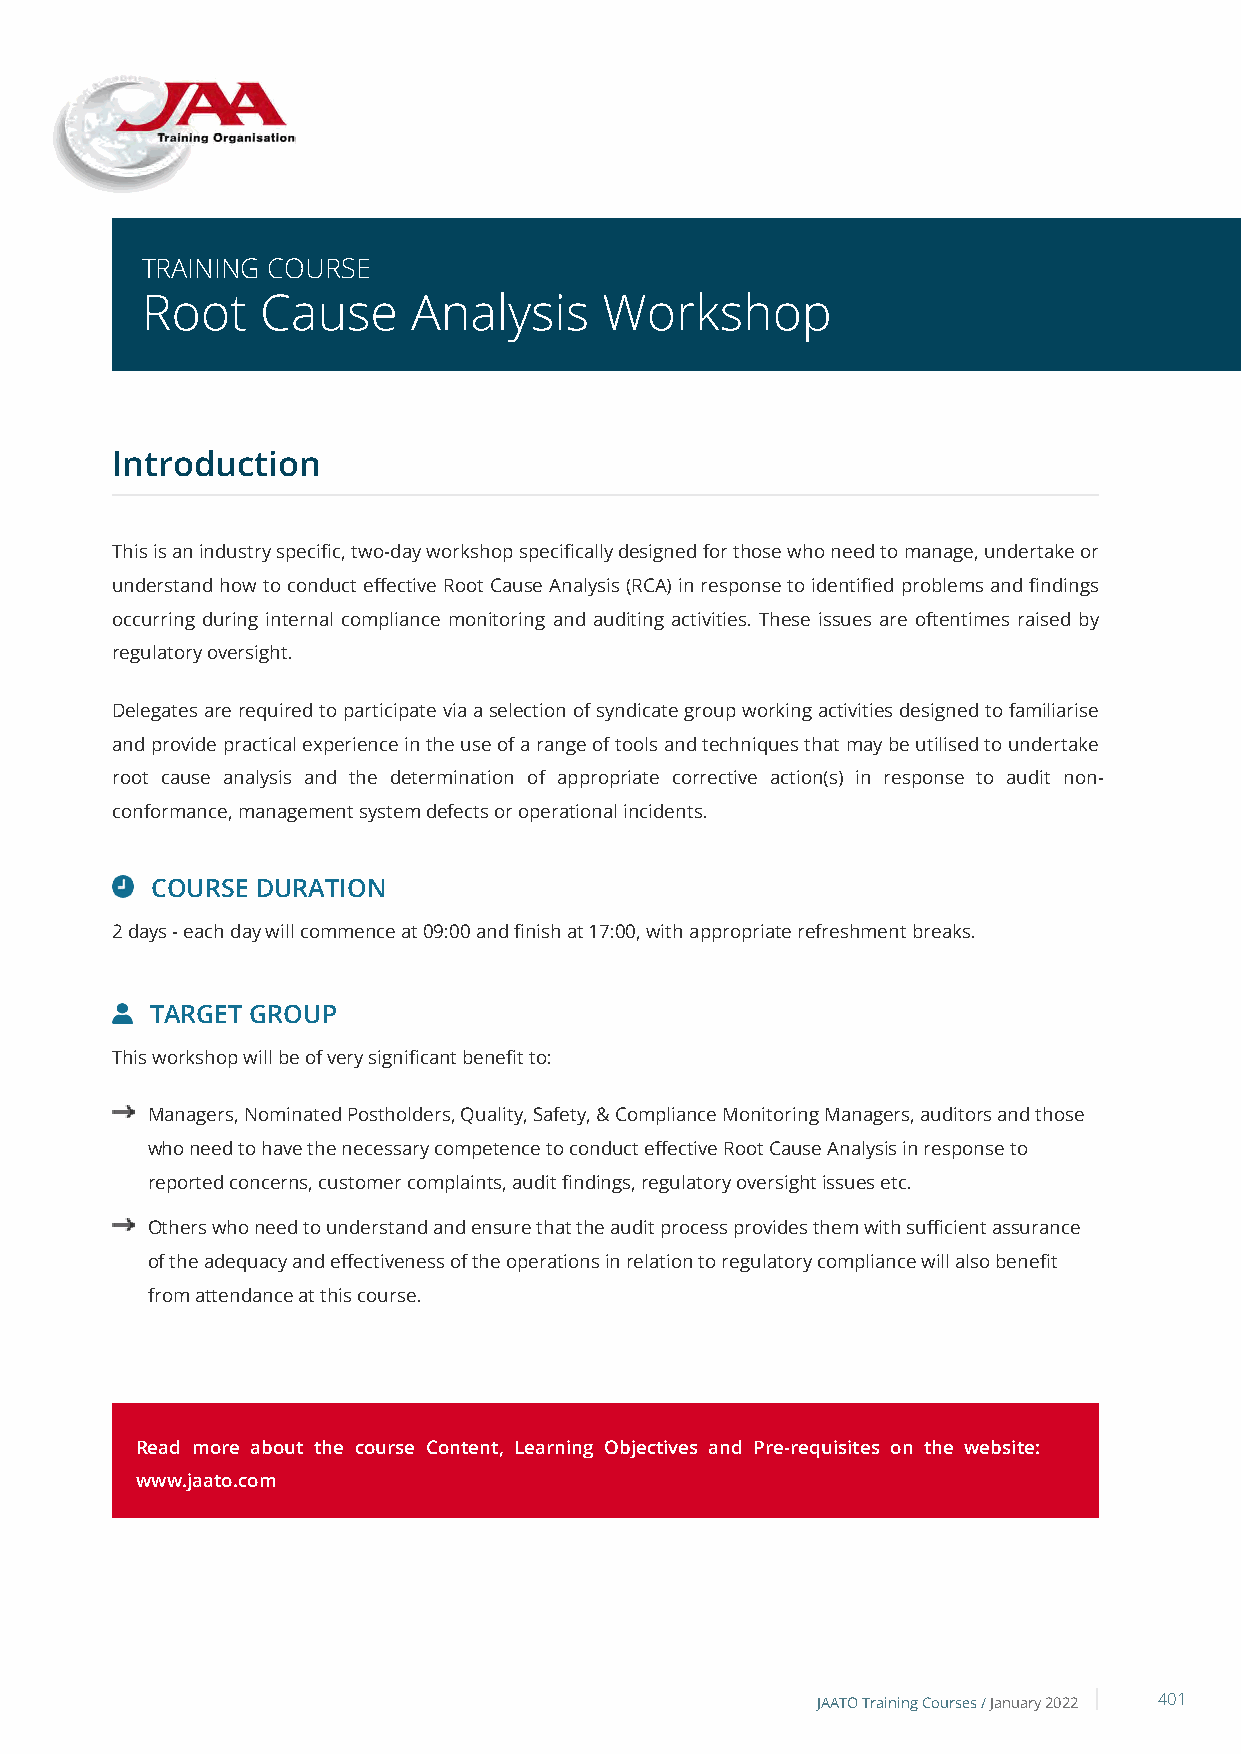
TRAINING COURSE
 Root    Cause     Analysis     Workshop
 Introduction
 This is an industry specific, two-day workshop specifically designed for those who need to manage, undertake or
 understand how to conduct effective Root Cause Analysis (RCA) in response to identified problems and findings
 occurring during internal compliance monitoring and auditing activities. These issues are oftentimes raised by
 regulatory oversight.
 Delegates are required to participate via a selection of syndicate group working activities designed to familiarise
 and provide practical experience in the use of a range of tools and techniques that may be utilised to undertake
 root cause analysis and the determination of appropriate corrective action(s) in response to audit non-
 conformance, management system defects or operational incidents.
 COURSE DURATION
 2 days - each day will commence at 09:00 and finish at 17:00, with appropriate refreshment breaks.
 TARGET GROUP
 This workshop will be of very significant benefit to:
 Managers, Nominated Postholders, Quality, Safety, & Compliance Monitoring Managers, auditors and those
 who need to have the necessary competence to conduct effective Root Cause Analysis in response to
 reported concerns, customer complaints, audit findings, regulatory oversight issues etc.
 Others who need to understand and ensure that the audit process provides them with sufficient assurance
 of the adequacy and effectiveness of the operations in relation to regulatory compliance will also benefit
 from attendance at this course.
 Read more about the course Content, Learning Objectives and Pre-requisites on the website:
 www.jaato.com
 JAATO Training Courses /January 2022 401